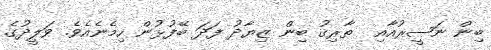
ބިން ނަޞީރުއާއި  ޠާރިޤު ބިން ޒިޔާދު ފަދަ ބޭފުޅުން ހިމެނެއެވެ. ވަލީދުގެ